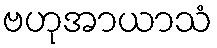
ဗဟုအာယာသံ